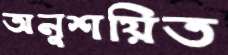
অনুশয়িত